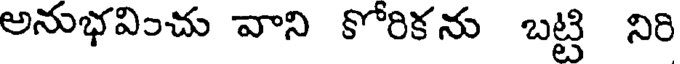
అనుభవించు వాని కోరికను బట్టి నిరి